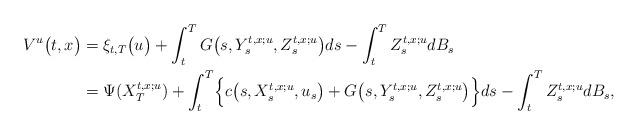
LaTeX: \begin{align*} V^{u}\bigl(t, x\bigr) &= \xi_{t,T}\bigl(u\bigr) + \int_t^T G\bigl(s, Y_s^{t,x;u}, Z_s^{t,x;u}\bigr) ds - \int_t^T Z_s^{t,x;u} dB_s \\ &= \Psi(X_T^{t,x;u}) + \int_t^T \Bigl\{c\bigl(s, X_s^{t,x;u}, u_s\bigr) + G\bigl(s, Y_s^{t,x;u}, Z_s^{t,x;u} \bigr) \Bigr\}ds - \int_t^T Z_s^{t,x;u}dB_s, \end{align*}